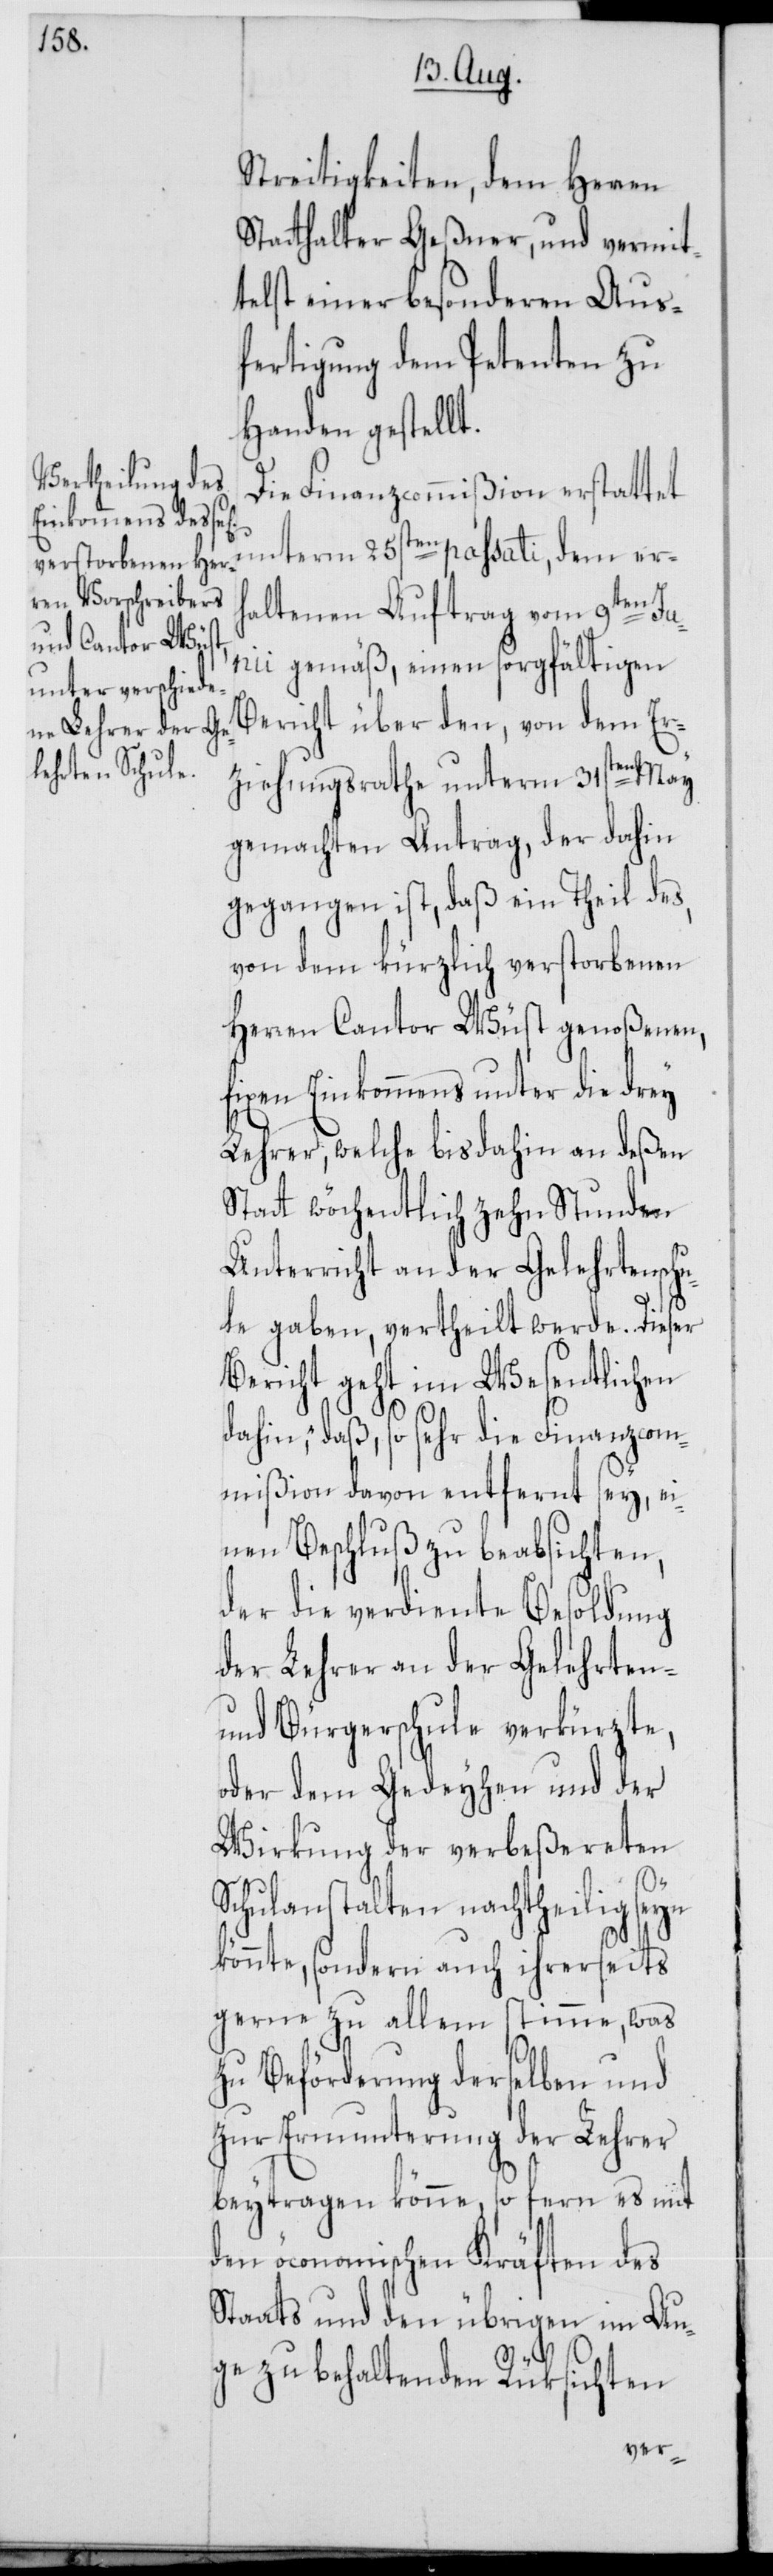
Streitigkeiten, dem Herren
Statthalter Geßner, und vermit¬
telst einer besonderen Aus¬
fertigung dem Petenten zu
Handen gestellt.
Die Finanzcommißion erstattet
unterm 25sten passati, dem erh¬
altenen Auftrag vom 9ten Jun¬
ii gemäß, einen sorgfältigen
Bericht über den, von dem Er¬
ziehungsrathe unterm 31sten May
gemachten Antrag, der dahin
gegangen ist, daß ein Theil des,
von dem kürzlich verstorbenen
Herren Cantor Wüst genoßenen,
fixen Einkommens unter die drey
Lehrer, welche bis dahin an deßen
Statt wöchentlich zehn Stunden
Unterricht an der Gelehrtenschu¬
le gaben, vertheilt werde. Dieser
Bericht geht im Wesentlichen
dahin, „daß, so sehr die Finanzcom¬
mißion davon entfernt sey, ei¬
nen Beschluß zu beabsichten,
der die verdiente Besoldung
der Lehrer an der Gelehrten-
und Bürgerschule verkürzte,
oder dem Gedeyhen und der
Wirkung der verbeßereten
Schulanstalten nachtheilig seyn
könnte, sondern auch ihrerseits
gerne zu allem stimme, was
zu Beförderung derselben und
zur Ermunterung der Lehrer
beytragen könne, so fern es mit
den öconomischen Kräften des
Staats und den übrigen im Au¬
ge zu behaltenden Rüksichten